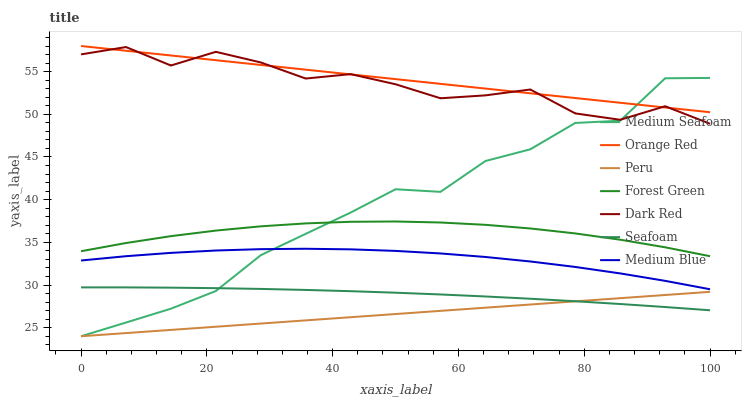
| xaxis_label | Medium Seafoam | Orange Red | Peru | Forest Green | Dark Red | Seafoam | Medium Blue |
 | --- | --- | --- | --- | --- | --- | --- | --- |
 | 0 | 24 | 58 | 24 | 34 | 57 | 29.7 | 32.9 |
 | 7.14 | 25.6 | 57.4 | 24.4 | 34.9 | 57.9 | 29.7 | 33.4 |
 | 14.3 | 27.2 | 56.9 | 24.7 | 35.7 | 55.7 | 29.7 | 33.8 |
 | 21.4 | 29.3 | 56.3 | 25.1 | 36.4 | 57.3 | 29.6 | 34 |
 | 28.6 | 33.5 | 55.8 | 25.5 | 36.9 | 56.1 | 29.5 | 34.2 |
 | 35.7 | 36 | 55.2 | 25.9 | 37.2 | 54.2 | 29.4 | 34.2 |
 | 42.9 | 38.5 | 54.7 | 26.2 | 37.4 | 54.7 | 29.3 | 34.2 |
 | 50 | 41.2 | 54.1 | 26.6 | 37.4 | 53.5 | 29.1 | 34 |
 | 57.1 | 40.9 | 53.6 | 27 | 37.3 | 51.9 | 28.9 | 33.7 |
 | 64.3 | 44.5 | 53 | 27.3 | 37.1 | 52.2 | 28.7 | 33.3 |
 | 71.4 | 45.9 | 52.5 | 27.7 | 36.6 | 52.9 | 28.4 | 32.8 |
 | 78.6 | 49 | 51.9 | 28.1 | 36 | 50.1 | 28.1 | 32.1 |
 | 85.7 | 49.2 | 51.4 | 28.5 | 35.3 | 49.4 | 27.8 | 31.4 |
 | 92.9 | 54.2 | 50.8 | 28.8 | 34.4 | 50.9 | 27.4 | 30.5 |
 | 100 | 54.3 | 50.2 | 29.2 | 33.4 | 48.9 | 27 | 29.5 |